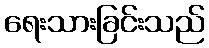
ရေးသားခြင်းသည်